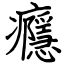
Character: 癮